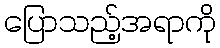
ပြောသည့်အရာကို